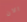
الان